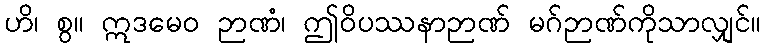
ဟိ၊ စွ။ ဣဒမေဝ ဉာဏံ၊ ဤဝိပဿနာဉာဏ် မဂ်ဉာဏ်ကိုသာလျှင်။